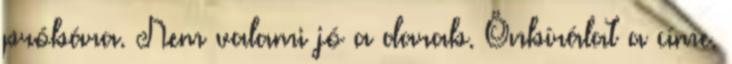
próbára. Nem valami jó a darab. Önbírálat a címe.